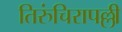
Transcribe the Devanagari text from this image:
तिरुंचिरापल्ली